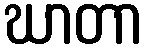
ဃာတာ